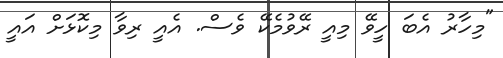
"މިހާރު އެބަ ހީވޭ މިއީ ރޭވުމެކޭ ވެސް. އެއީ ރިވާ މިކޮޅަށް އައީ